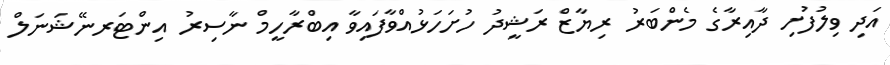
އަދި ވިލުފުށި ދާއިރާގެ މެންބަރު ރިޔާޒް ރަޝީދު ހުށަހަޅުއްވާފައިވާ އިބްރާހީމް ނާސިރު އިންޓަރނޭޝަނަލް